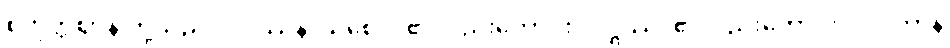
စတုတ္ထဈာန် တို့သည်။ ဝိပဿနာယစေဝ၊ ၏လည်းကောင်း။ ဝဋ္ဋဿ၊ ၏လည်းကောင်း။ ပါဒကာနိ